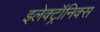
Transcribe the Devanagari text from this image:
इलेक्ट्रॉनिक्स